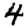
Digit: 4